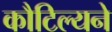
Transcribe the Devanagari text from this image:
कौटिल्‍यने